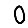
Digit: 0